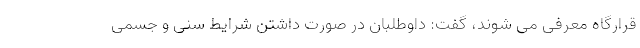
قرارگاه معرفی می شوند، گفت: داوطلبان در صورت داشتن شرایط سنی و جسمی